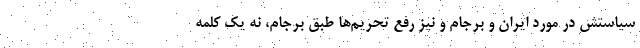
سیاستش در مورد ایران و برجام و نیز رفع تحریم‌ها طبق برجام، نه یک کلمه